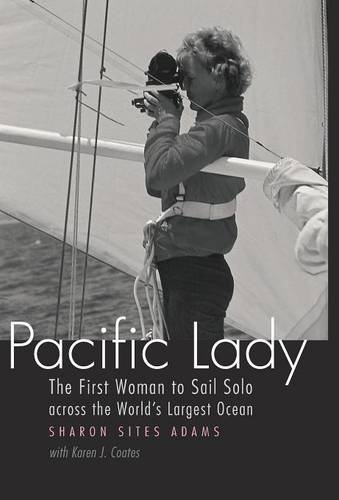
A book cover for Pacific Lady: The First Woman to Sail Solo across the World's Largest Ocean (Outdoor Lives); Sharon Sites Adams; Travel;